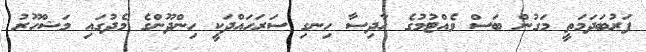
ފަރުބަދަމަތީ މަގުން ބަސް ވެއްޓުމުގެ ހާދިސާ ހިނގި ސަރަހައްދަކީ ހިންދޫންގެ މެދުގައި މަޝްހޫރު